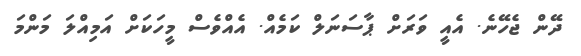
ދޭން ޖެހޭނެ. އެއީ ވަރަށް ޕާސަނަލް ކަމެއް. އެއްވެސް މީހަކަށް އަމިއްލަ މަންމަ